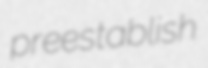
preestablish